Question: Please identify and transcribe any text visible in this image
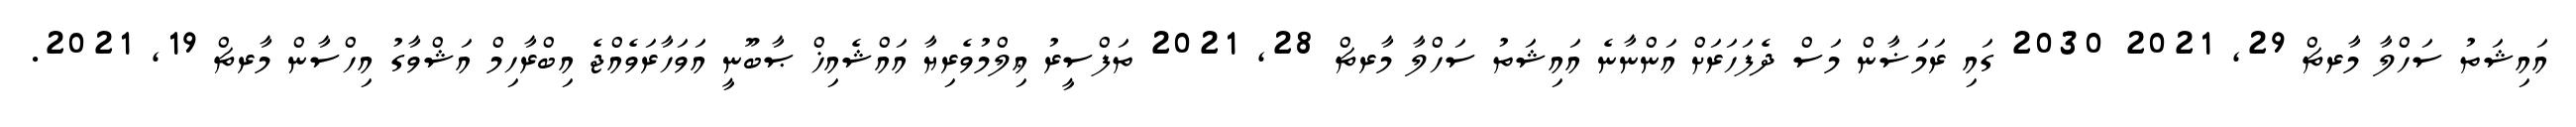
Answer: އައިޝަތު ސަހްލާ މާރޗް 29, 2021 2030 ގައި ރަމަޟާން މަސް ދެފަހަރަށް އަންނާނެ އައިޝަތު ސަހްލާ މާރޗް 28, 2021 ތަފްސީރު ޢިލްމުވެރިޔާ އައްޝެއިޚް ޞާބޫނީ އަވަހާރަވެއްޖެ އިބްރާހިމް އަޝްވާގު އިހްސާން މާރޗް 19, 2021.